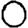
Digit: 0